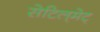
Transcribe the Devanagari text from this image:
सेटिल्‌मेट्